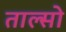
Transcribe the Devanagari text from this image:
ताल्सो